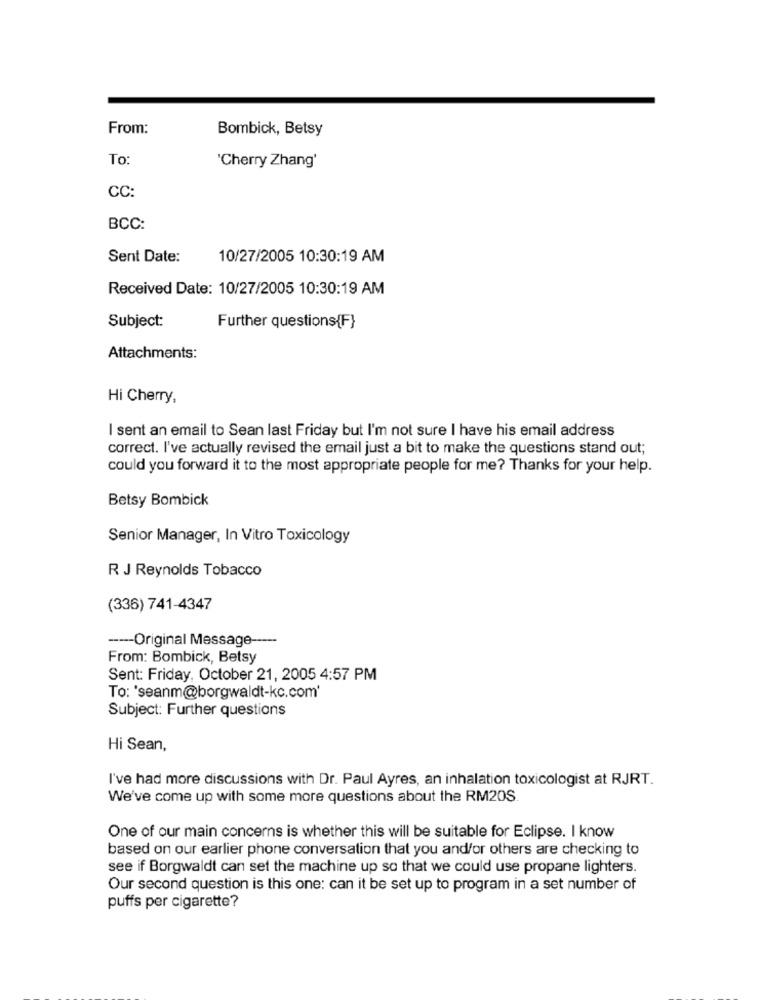
From:
Bombick, Betsy
To
'Cherry Zhang'
CC:
BCC:
Sent Date:
10/27/2005 10:30:19 AM
Received Date: 10/27/2005 10:30:19 AM
Subject:
Further questions{F}
Attachments:
Hi Cherry,
I sent an email to Sean last Friday but I'm not sure I have his email address
correct. I've actually revised the email just a bit to make the questions stand out;
could you forward it to the most appropriate people for me? Thanks for your help.
Betsy Bombick
Senior Manager, In Vitro Toxicology
R J Reynolds Tobacco
(336) 741-4347
----- Original Message-
From: Bombick, Betsy
Sent: Friday, October 21, 2005 4:57 PM
To: 'seanm@borgwaldt-kc.com'
Subject: Further questions
Hi Sean,
I've had more discussions with Dr. Paul Ayres, an inhalation toxicologist at RJRT.
We've come up with some more questions about the RM20S.
One of our main concerns is whether this will be suitable for Eclipse. I know
based on our earlier phone conversation that you and/or others are checking to
see if Borgwaldt can set the machine up so that we could use propane lighters.
Our second question is this one: can it be set up to program in a set number of
puffs per cigarette?